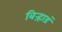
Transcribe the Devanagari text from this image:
बिऱ्हाडं